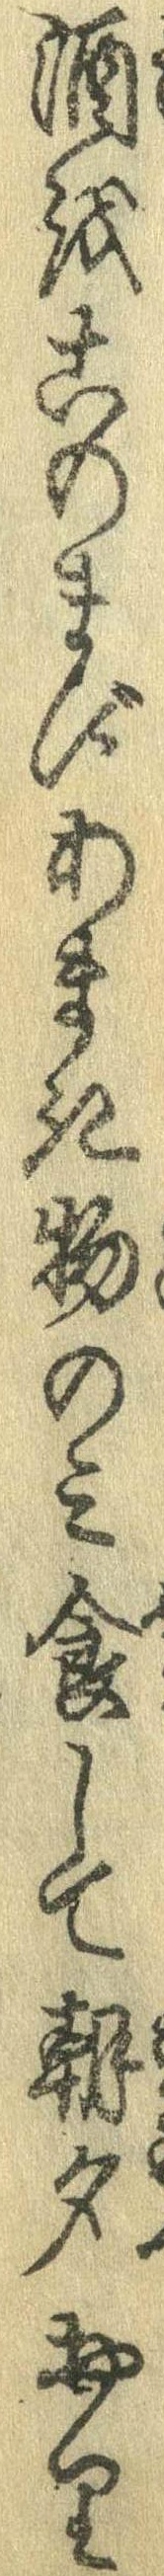
酒をこのまずあまき物のみ食して朝夕おり